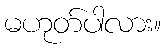
မဟုတ်ပါလား။